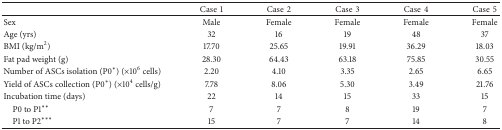
<table><thead><tr><td><b> </b></td><td><b>Case1</b></td><td><b>Case2</b></td><td><b>Case3</b></td><td><b>Case4</b></td><td><b>Case5</b></td></tr></thead><tbody><tr><td>Sex</td><td>Male</td><td>Female</td><td>Female</td><td>Female</td><td>Female</td></tr><tr><td>Age (yrs)</td><td>32</td><td>16</td><td>19</td><td>48</td><td>37</td></tr><tr><td>BMI (kg/m<sup>2</sup>)</td><td>17.70</td><td>25.65</td><td>19.91</td><td>36.29</td><td>18.03</td></tr><tr><td>Fat pad weight (g)</td><td>28.30</td><td>64.43</td><td>63.18</td><td>75.85</td><td>30.55</td></tr><tr><td>Number of ASCs isolation (P0<sup><i>∗</i></sup>) (×10<sup>6</sup> cells)</td><td>2.20</td><td>4.10</td><td>3.35</td><td>2.65</td><td>6.65</td></tr><tr><td>Yield of ASCs collection (P0<sup><i>∗</i></sup>) (×10<sup>4</sup> cells/g)</td><td>7.78</td><td>8.06</td><td>5.30</td><td>3.49</td><td>21.76</td></tr><tr><td>Incubation time (days)</td><td>22</td><td>14</td><td>15</td><td>33</td><td>15</td></tr><tr><td> P0 to P1<sup><i>∗∗</i></sup></td><td>7</td><td>7</td><td>8</td><td>19</td><td>7</td></tr><tr><td> P1 to P2<sup><i>∗∗∗</i></sup></td><td>15</td><td>7</td><td>7</td><td>14</td><td>8</td></tr></tbody></table>